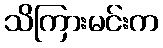
သိကြားမင်းက